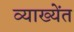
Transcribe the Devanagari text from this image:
व्याख्येंत